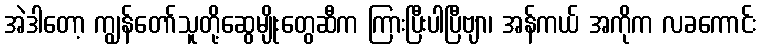
အဲဒါတော့ ကျွန်တော်သူတို့ဆွေမျိုးတွေဆီက ကြားပြီးပါပြီဗျာ၊ အန်ကယ် အကိုက လခကောင်း